Vaccination report Assam 1874-1896 - 1874-1896
Year: 1874
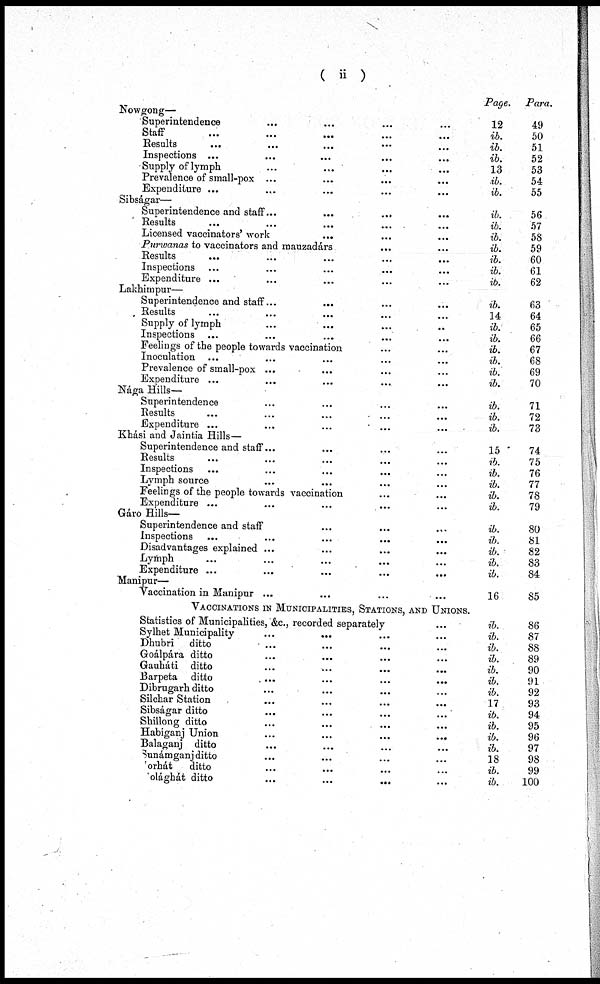
( ii )
Page.
Para.
Nowgong—
Superintendence ... ... ... ...
Staff
...
...
...
...
...
Results ... ... ... ... ...
Inspections ...
...
...
...
...
Supply of lymph
Prevalence of small-pox ...
Expenditure ...
...
...
...
...
12
ib.
ib.
ib.
13
ib.
ib.
49
50
51
52
53
54
55
Sibságar—
Superintendence and staff...
...
...
...
Results ... ... ... ... ...
Licensed vaccinators' work
... ... ...
Purvanas to vaccinators and mauzadárs ... ...
Results
...
...
...
...
...
Inspections ...
...
...
...
...
Expenditure ... ... ... ... ...
ib.
ib.
ib.
ib.
ib.
ib.
ib.
56
57
58
59
60
61
62
Lakhimpur—
Superintendence and staff... ... ... ...
Results ... ... ... ...
Supply of lymph ... ... ... ...
Inspections ...
...
...
...
...
Feelings of the people towards vaccination ... ...
Inoculation ... ... ... ... ...
Prevalence of small-pox ... ... ... ...
Expenditure ... ... ... ... ...
ib.
14
ib.
ib.
ib.
ib.
ib.
ib.
63
64
65
66
67
68
69
70
Nága Hills—
Superintendence ... ... ... ...
Results
...
...
...
... ...
Expenditure ... ... ... ... ...
ib.
ib.
ib.
71
72
73
Khási and Jaintia Hills—
Superintendence and staff... ... ... ...
Results ... ... ... ... ...
Inspections ... ... ... ... ...
Lymph source ... ... ... ... ...
Feelings of the people towards vaccination ... ...
Expenditure ...
...
...
...
...
Gáro Hills-
Superintendence and staff ... ... ...
Inspections ...
...
...
...
...
Disadvantages explained ... ... ... ...
Lymph
...
...
...
...
Expenditure ... ... ... ... ...
15
ib.
ib.
ib.
ib.
ib.
ib.
ib.
ib.
ib.
ib.
74
75
76
77
78
79
80
81
82
83
84
Manipur—
Vaccination in Manipur ...
...
...
...
16
85
VACCINATIONS IN MUNICIPALITIES, STATIONS, AND UNIONS.
Statistics of Municipalities, &c., recorded separately ...
Sylhet Municipality ... ... ... ...
Dhubri ditto ... ... ... ...
Goálpára ditto ... ... ... ...
Gauháti ditto
...
...
... ...
Barpeta ditto
...
...
...
...
Dibrugarh ditto ... ... ... ...
Silchar Station ... ... ... ...
Sibságar ditto ... ... ... ...
Shillong ditto ... ... ... ...
Habiganj Union ... ... ... ...
Balaganj ditto ... ... ... ...
Sunámganj ditto ... ... ... ...
orhát
ditto ... ... ... ...
olághát ditto
...
...
... ...
ib.
ib.
ib.
ib.
ib.
ib.
ib.
17
ib.
ib.
ib.
ib.
18
ib.
ib.
86
87
88
89
90
91
92
93
94
95
96
97
98
99
100